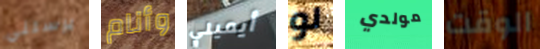
يرسلني وأنام أيميلي لو مولدي الوقت